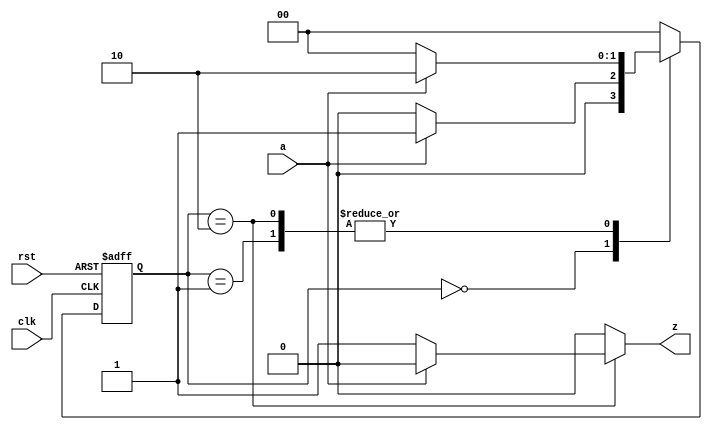
module FSM_demo1(
		a,clk,rst,z
); 
	input a,clk,rst;
	output reg z;
	reg[1:0] current_state,next_state;
	parameter S0=2'b00,S1=2'b01,S2=2'b10; 
always @(posedge clk,negedge rst)
begin 
    if(rst==0) current_state<=S0; 
    else current_state<=next_state; 
end 
always @(current_state,a)
begin 
    case(current_state)
        S0:begin z<=0;next_state<=(a==0)?S0:S1;end
        S1:begin z<=0;next_state<=(a==0)?S0:S2;end
        S2:begin z<=(a==0)?1:0; next_state<=(a==0)?S0:S2;end 
        default:begin next_state<=S0;z<=0;end 
    endcase 
end 
endmodule